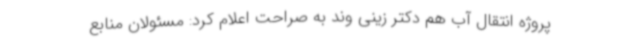
پروژه انتقال آب هم دکتر زینی وند به صراحت اعلام کرد: مسئولان منابع